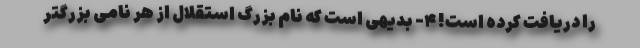
را دریافت کرده است! ۴- بدیهی است که نام بزرگ استقلال از هر نامی بزرگتر